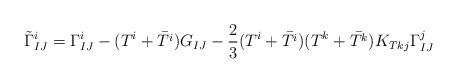
LaTeX: \begin{align*}\tilde{\Gamma}^i_{IJ}=\Gamma^i_{IJ}-(T^i+\bar{T^i})G_{IJ}-{2\over 3}(T^i+\bar{T^i})(T^k+\bar{T^k})K_{Tkj}\Gamma^j_{IJ}\end{align*}